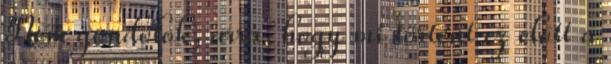
Nem gondolok, arra, hogy mi történt ez előtt a